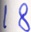
1 8